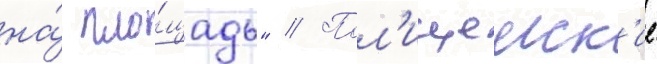
на́ пло́щадь" // Пол'ицеиск'ие